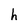
Character: h